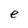
Character: e